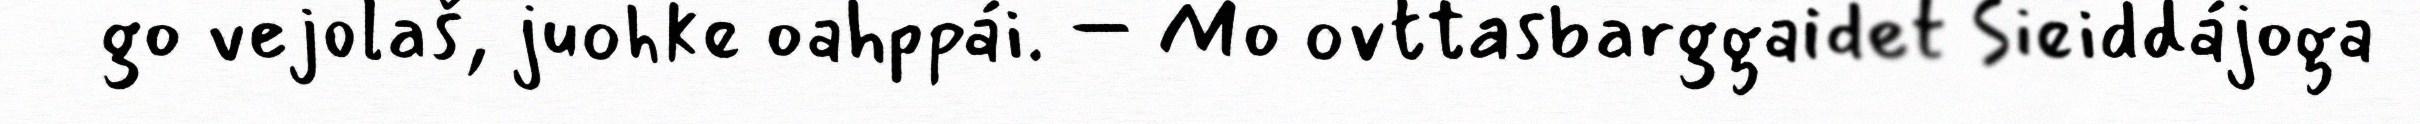
go vejolaš, juohke oahppái. – Mo ovttasbarggaidet Sieiddájoga